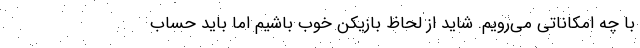
با چه امکاناتی می‌رویم. شاید از لحاظ بازیکن خوب باشیم اما باید حساب